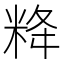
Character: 𥹪